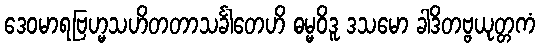
ဒေဝမာရဗြဟ္မသဟိတတာသင်္ခါတေဟိ ဓမ္မဝိဒူ ဒသမော ခါဒိတဗ္ဗယုတ္တကံ